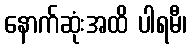
နောက်ဆုံးအထိ ပါရမီ၊